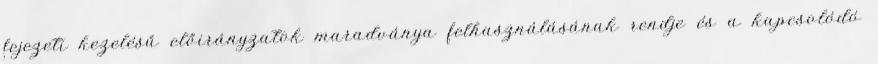
fejezeti kezelésű előirányzatok maradványa felhasználásának rendje és a kapcsolódó